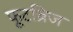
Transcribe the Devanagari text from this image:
फूटब्रिज